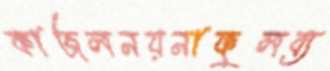
কাজলনয়নাফুলব্য